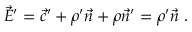
{ \vec { E } } ^ { \prime } = { \vec { c } } ^ { \prime } + \rho ^ { \prime } { \vec { n } } + \rho { \vec { n } } ^ { \prime } = \rho ^ { \prime } { \vec { n } } \ .